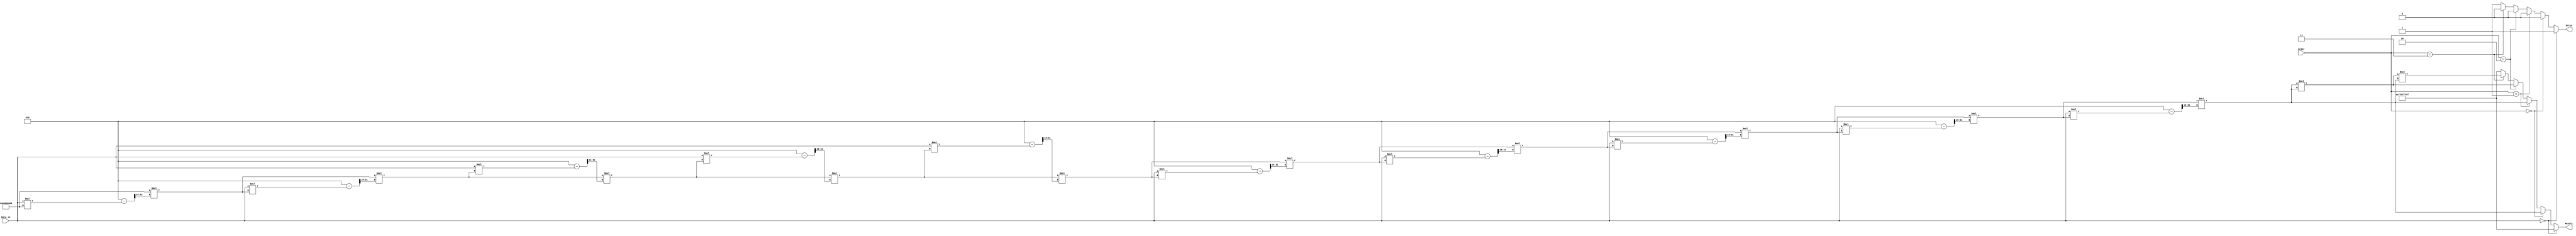
module FractionalOrderReciprocal (
    input wire signed [15:0] Data_in,     // Input data (fixed-point)
    input wire signed [15:0] Order,        // Fractional order (fixed-point)
    output reg signed [31:0] Result,       // Output result (fixed-point)
    output reg Error                       // Error flag
);

    // Internal signals
    reg signed [31:0] reciprocal;
    reg signed [31:0] temp_result;
    reg [7:0] i;  // Iteration variable for Newton-Raphson
    reg [15:0] order_fixed; // Fixed-point representation of order
    reg signed [31:0] order_frac; // Fractional part of the order

    // Constants
    parameter MAX_ITERATIONS = 10; // Max iterations for Newton-Raphson

    // Control unit
    always @(*) begin
        // Initialize outputs
        Result = 0;
        Error = 0;
        
        // Input validation
        if (Data_in == 0) begin
            Result = 32'hFFFFFFFF; // Error code for division by zero (infinity)
            Error = 1;
        end else begin
            // Initial reciprocal approximation (1 / Data_in)
            reciprocal = 32'h00000000; // Initialize reciprocal
            temp_result = 32'h00000000; // Initialize temp result
            
            // Newton-Raphson method for reciprocal calculation
            reciprocal = 32'h00000001 << 31; // Start with an initial guess
            for (i = 0; i < MAX_ITERATIONS; i = i + 1) begin
                reciprocal = reciprocal * (2 - (Data_in * reciprocal) >>> 16); // Iterative update
            end
            
            // Extract integer and fractional parts from Order
            order_fixed = Order[15:0]; // Assuming fixed-point representation
            order_frac = Order[15:0] & 32'h0000FFFF; // Extract fractional part (if needed)
            
            // Calculate the result based on the order
            if (order_fixed == 0) begin
                Result = reciprocal; // Reciprocal to power of 1
            end else if (order_fixed == 1) begin
                Result = reciprocal; // Reciprocal to power of 1
            end else if (order_fixed == 2) begin
                // Square root case
                Result = reciprocal * reciprocal; // Simple approximation
            end else if (order_fixed == 3) begin
                // Cube root case (approximation)
                Result = reciprocal * reciprocal * reciprocal; // Simple approximation
            end else begin
                // Handle more complex fractional orders here
                // For simplicity, just set to error for unsupported orders
                Result = 32'hFFFFFFFF; // Error code for unsupported order
                Error = 1;
            end
        end
    end
endmodule